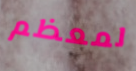
لمعظم